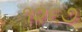
૧૨૬૭